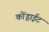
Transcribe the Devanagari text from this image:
कोंड्राईट